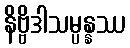
နိဗ္ဗိဒါသမ္ပန္နဿ